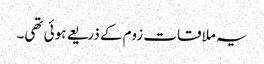
یہ ملاقات زوم کے ذریعے ہوئی تھی۔